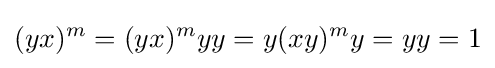
(yx)^{m}=(yx)^{m}yy=y(xy)^{m}y=yy=1